Vaccination in Bombay 1869-1873 - 1869-1873
Year: 1869
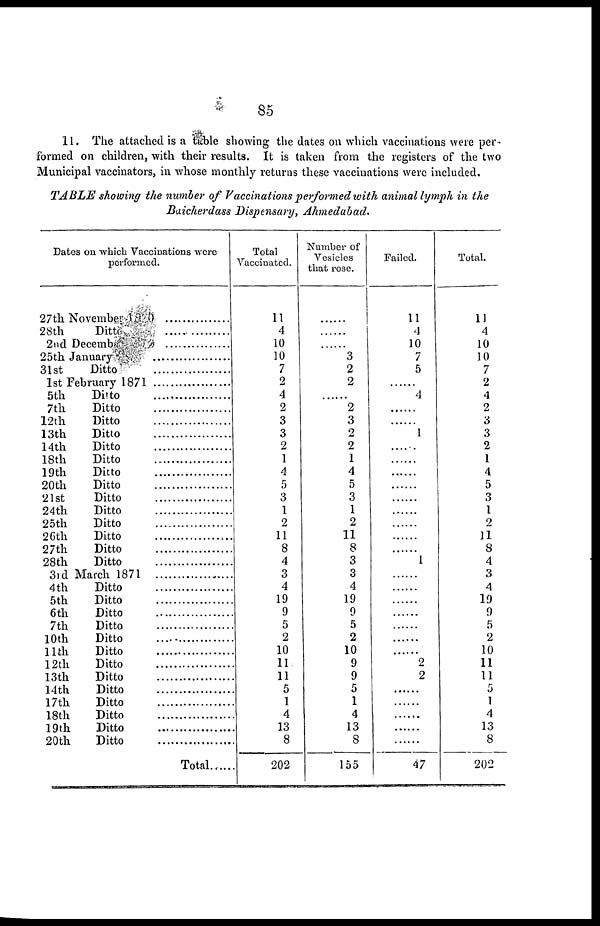
85
11. The attached is a table showing the dates on which vaccinations were per-
formed on children, with their results. It is taken from the registers of the two
Municipal vaccinators, in whose monthly returns these vaccinations were included.
TABLE showing the number of Vaccinations performed with animal lymph in the
Baicherdass Dispensary, Ahmedabad.
Dates on which Vaccinations were
performed.
27th November ...................
28th
Ditto
2nd December ............
25th January
............
31st
Ditto
............
1st February 1871
5th Ditto ............
7th
Ditto
............
12th
Ditto
............
13th
Ditto
............
14th
Ditto
............
18th
Ditto
............
19th Ditto ............
20th
Ditto
............
21st
Ditto
............
24th
Ditto
............
25th
Ditto
............
26th
Ditto
............
27th
Ditto
............
28th
Ditto
............
3rd March 1871
............
4th Ditto ............
5th Ditto ............
6th Ditto ............
7th Ditto ............
10th Ditto ............
11th
Ditto
............
12th Ditto ............
13th Ditto ............
14th
Ditto ............
17th Ditto ............
18th Ditto ............
19th Ditto ............
20th Ditto ............
Total ......
Total
Vaccinated.
11
4
10
10
7
2
4
2
3
3
2
1
4
5
3
1
2
11
8
4
3
4
19
9
5
2
10
11
11
5
1
4
13
8
202
Number of
Vesicles
that rose.
......
......
......
3
2
2
......
2
3
2
2
1
4
5
3
1
2
11
8
3
3
4
19
9
5
2
10
9
9
5
1
4
13
8
155
Failed.
11
4
10
7
5
......
4
......
......
1
......
......
......
......
......
......
......
......
......
1
......
......
......
......
......
......
......
2
2
......
......
......
......
......
47
Total.
11
4
10
10
7
2
4
2
3
3
2
1
4
5
3
1
9
11
8
4
3
4
19
9
5
2
10
11
11
5
1
4
13
8
202